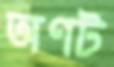
অণট